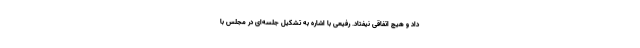
داد و هیچ اتفاقی نیفتاد. رفیعی با اشاره به تشکیل جلسه‌ای در مجلس با